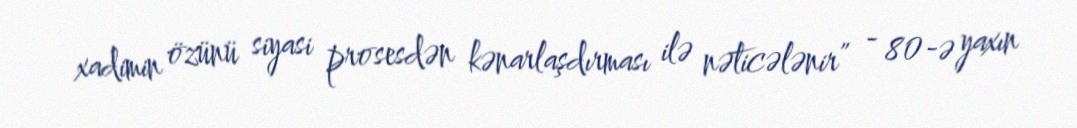
xadimin özünü siyasi prosesdən kənarlaşdırması ilə nəticələnir” - 80-ə yaxın